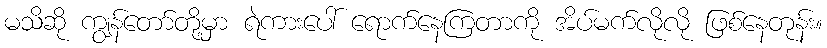
မသိဆို ကျွန်တော်တို့မှာ ရဲကားပေါ် ရောက်နေကြတာကို အိပ်မက်လိုလို ဖြစ်နေတုန်း။